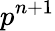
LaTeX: p^{n+1}